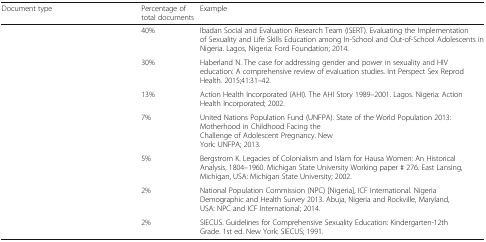
<table><thead><tr><td><b>Document type</b></td><td><b>Percentage of total documents</b></td><td><b>Example</b></td></tr></thead><tbody><tr><td>[EMPTY_CELL]</td><td>40%</td><td>Ibadan Social and Evaluation Research Team (ISERT). Evaluating the Implementation of Sexuality and Life Skills Education among In-School and Out-of-School Adolescents in Nigeria. Lagos, Nigeria: Ford Foundation; 2014.</td></tr><tr><td>[EMPTY_CELL]</td><td>30%</td><td>Haberland N. The case for addressing gender and power in sexuality and HIV education: A comprehensive review of evaluation studies. Int Perspect Sex Reprod Health. 2015;41:31–42.</td></tr><tr><td>[EMPTY_CELL]</td><td>13%</td><td>Action Health Incorporated (AHI). The AHI Story 1989–2001. Lagos. Nigeria: Action Health Incorporated; 2002.</td></tr><tr><td>[EMPTY_CELL]</td><td>7%</td><td>United Nations Population Fund (UNFPA). State of the World Population 2013: Motherhood in Childhood Facing the Challenge of Adolescent Pregnancy. New York: UNFPA; 2013.</td></tr><tr><td>[EMPTY_CELL]</td><td>5%</td><td>Bergstrom K. Legacies of Colonialism and Islam for Hausa Women: An Historical Analysis, 1804–1960. Michigan State University Working paper # 276. East Lansing, Michigan, USA: Michigan State University; 2002.</td></tr><tr><td>[EMPTY_CELL]</td><td>2%</td><td>National Population Commission (NPC) [Nigeria], ICF International. Nigeria Demographic and Health Survey 2013. Abuja, Nigeria and Rockville, Maryland, USA: NPC and ICF International; 2014.</td></tr><tr><td>[EMPTY_CELL]</td><td>2%</td><td>SIECUS. Guidelines for Comprehensive Sexuality Education: Kindergarten-12th Grade. 1st ed. New York: SIECUS; 1991.</td></tr></tbody></table>